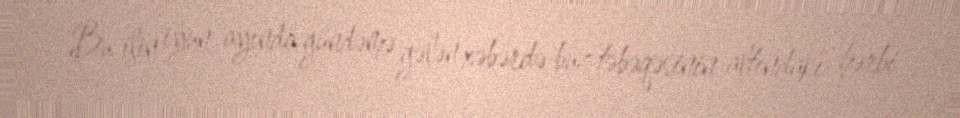
Bu ilin iyun ayında gündəmə gələn xəbərdə buz təbəqəsinin altındakı hərbi